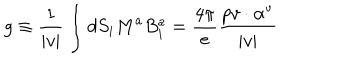
g \equiv \frac { 1 } { | v | } \int d S _ { i } M ^ { a } B _ { i } ^ { a } = \frac { 4 \pi } { e } \frac { p v \cdot \alpha ^ { \textrm { v } } } { | v | }